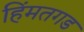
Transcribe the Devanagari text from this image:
हिंमतगड